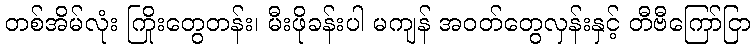
တစ်အိမ်လုံး ကြိုးတွေတန်း၊ မီးဖိုခန်းပါ မကျန် အဝတ်တွေလှန်းနှင့် တီဗီကြော်ငြာ